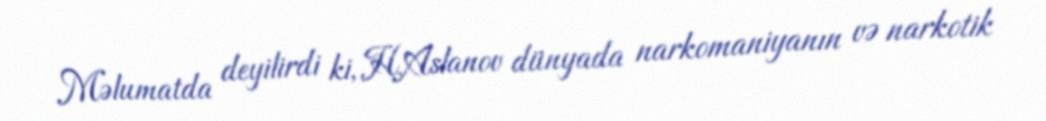
Məlumatda deyilirdi ki, H.Aslanov dünyada narkomaniyanın və narkotik